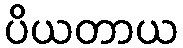
ပိယတာယ